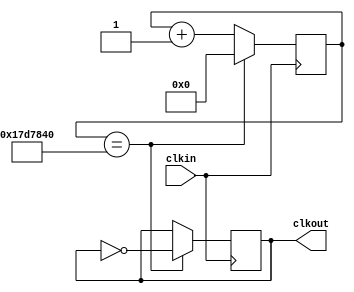
`timescale 1ns / 1ns
//////////////////////////////////////////////////////////////////////////////////
// Company: 
// 
// Design Name: Clockdivider
// Module Name: ClockDivider
// Project Name: Lab2 Clockdivider
// Target Devices: Basys 3
// Tool Versions: 
// Description: 
// Slow clock speed in order to study debugging
// Dependencies: 
// 
// Revision:
// Revision 0.01 - File Created
// Additional Comments:
// 
//////////////////////////////////////////////////////////////////////////////////


module ClockDivider(
    input clkin,
    output reg clkout
    );
    reg [24:0] count;
    
    initial begin
            count  = 0;
            clkout = 0;
     end
     
     always @(posedge clkin) begin
            if (count == 25'd25_000_000) begin
            //if (count == 25'd8) begin
                    count <= 0;
                    clkout <= ~clkout;
            end
            else begin
                count <= count + 1;
            end
     end
endmodule